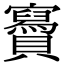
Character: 𧸹